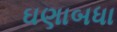
ઘણાબધા